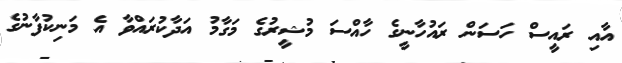
އާއި ރައީސް ހަސަން ރައުހާނީގެ ހާއްސަ މުޝީރުގެ މަގާމު އަދާކުރައްވާ އެ މަނިކުފާނުގެ